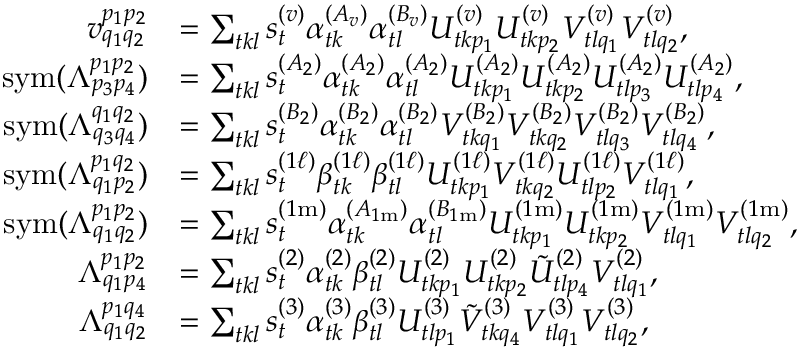
\begin{array} { r l } { v _ { q _ { 1 } q _ { 2 } } ^ { p _ { 1 } p _ { 2 } } } & { = \sum _ { t k l } s _ { t } ^ { ( v ) } \alpha _ { t k } ^ { ( A _ { v } ) } \alpha _ { t l } ^ { ( B _ { v } ) } U _ { t k p _ { 1 } } ^ { ( v ) } U _ { t k p _ { 2 } } ^ { ( v ) } V _ { t l q _ { 1 } } ^ { ( v ) } V _ { t l q _ { 2 } } ^ { ( v ) } , } \\ { \mathrm { s y m } ( \Lambda _ { p _ { 3 } p _ { 4 } } ^ { p _ { 1 } p _ { 2 } } ) } & { = \sum _ { t k l } s _ { t } ^ { ( A _ { 2 } ) } \alpha _ { t k } ^ { ( A _ { 2 } ) } \alpha _ { t l } ^ { ( A _ { 2 } ) } U _ { t k p _ { 1 } } ^ { ( A _ { 2 } ) } U _ { t k p _ { 2 } } ^ { ( A _ { 2 } ) } U _ { t l p _ { 3 } } ^ { ( A _ { 2 } ) } U _ { t l p _ { 4 } } ^ { ( A _ { 2 } ) } , } \\ { \mathrm { s y m } ( \Lambda _ { q _ { 3 } q _ { 4 } } ^ { q _ { 1 } q _ { 2 } } ) } & { = \sum _ { t k l } s _ { t } ^ { ( B _ { 2 } ) } \alpha _ { t k } ^ { ( B _ { 2 } ) } \alpha _ { t l } ^ { ( B _ { 2 } ) } V _ { t k q _ { 1 } } ^ { ( B _ { 2 } ) } V _ { t k q _ { 2 } } ^ { ( B _ { 2 } ) } V _ { t l q _ { 3 } } ^ { ( B _ { 2 } ) } V _ { t l q _ { 4 } } ^ { ( B _ { 2 } ) } , } \\ { \mathrm { s y m } ( \Lambda _ { q _ { 1 } p _ { 2 } } ^ { p _ { 1 } q _ { 2 } } ) } & { = \sum _ { t k l } s _ { t } ^ { ( 1 \ell ) } \beta _ { t k } ^ { ( 1 \ell ) } \beta _ { t l } ^ { ( 1 \ell ) } U _ { t k p _ { 1 } } ^ { ( 1 \ell ) } V _ { t k q _ { 2 } } ^ { ( 1 \ell ) } U _ { t l p _ { 2 } } ^ { ( 1 \ell ) } V _ { t l q _ { 1 } } ^ { ( 1 \ell ) } , } \\ { \mathrm { s y m } ( \Lambda _ { q _ { 1 } q _ { 2 } } ^ { p _ { 1 } p _ { 2 } } ) } & { = \sum _ { t k l } s _ { t } ^ { ( 1 \mathrm { m } ) } \alpha _ { t k } ^ { ( A _ { 1 \mathrm { m } } ) } \alpha _ { t l } ^ { ( B _ { 1 \mathrm { m } } ) } U _ { t k p _ { 1 } } ^ { ( 1 \mathrm { m } ) } U _ { t k p _ { 2 } } ^ { ( 1 \mathrm { m } ) } V _ { t l q _ { 1 } } ^ { ( 1 \mathrm { m } ) } V _ { t l q _ { 2 } } ^ { ( 1 \mathrm { m } ) } , } \\ { \Lambda _ { q _ { 1 } p _ { 4 } } ^ { p _ { 1 } p _ { 2 } } } & { = \sum _ { t k l } s _ { t } ^ { ( 2 ) } \alpha _ { t k } ^ { ( 2 ) } \beta _ { t l } ^ { ( 2 ) } U _ { t k p _ { 1 } } ^ { ( 2 ) } U _ { t k p _ { 2 } } ^ { ( 2 ) } \tilde { U } _ { t l p _ { 4 } } ^ { ( 2 ) } V _ { t l q _ { 1 } } ^ { ( 2 ) } , } \\ { \Lambda _ { q _ { 1 } q _ { 2 } } ^ { p _ { 1 } q _ { 4 } } } & { = \sum _ { t k l } s _ { t } ^ { ( 3 ) } \alpha _ { t k } ^ { ( 3 ) } \beta _ { t l } ^ { ( 3 ) } U _ { t l p _ { 1 } } ^ { ( 3 ) } \tilde { V } _ { t k q _ { 4 } } ^ { ( 3 ) } V _ { t l q _ { 1 } } ^ { ( 3 ) } V _ { t l q _ { 2 } } ^ { ( 3 ) } , } \end{array}